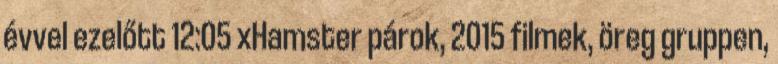
évvel ezelőtt 12:05 xHamster párok, 2015 filmek, öreg gruppen,